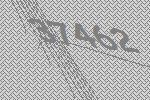
37462